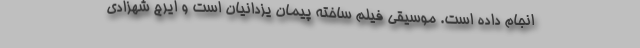
انجام داده است. موسیقی فیلم ساخته پیمان یزدانیان است و ایرج شهزادی